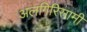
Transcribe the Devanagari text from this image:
अलगिरिसामी